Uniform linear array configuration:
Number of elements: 64
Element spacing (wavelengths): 0.75
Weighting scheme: blackman
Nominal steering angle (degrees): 15
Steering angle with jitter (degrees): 16.997
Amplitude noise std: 0.05
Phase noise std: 0.05

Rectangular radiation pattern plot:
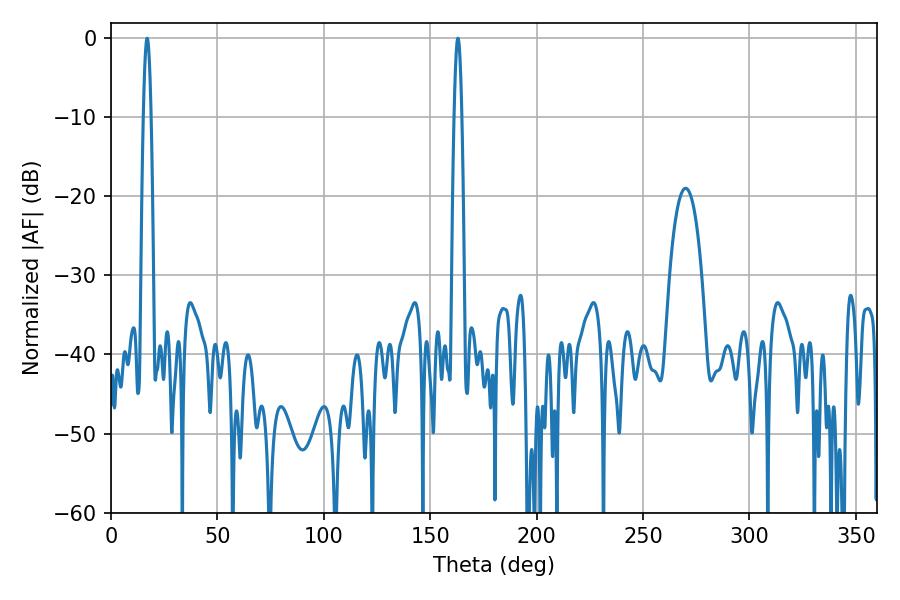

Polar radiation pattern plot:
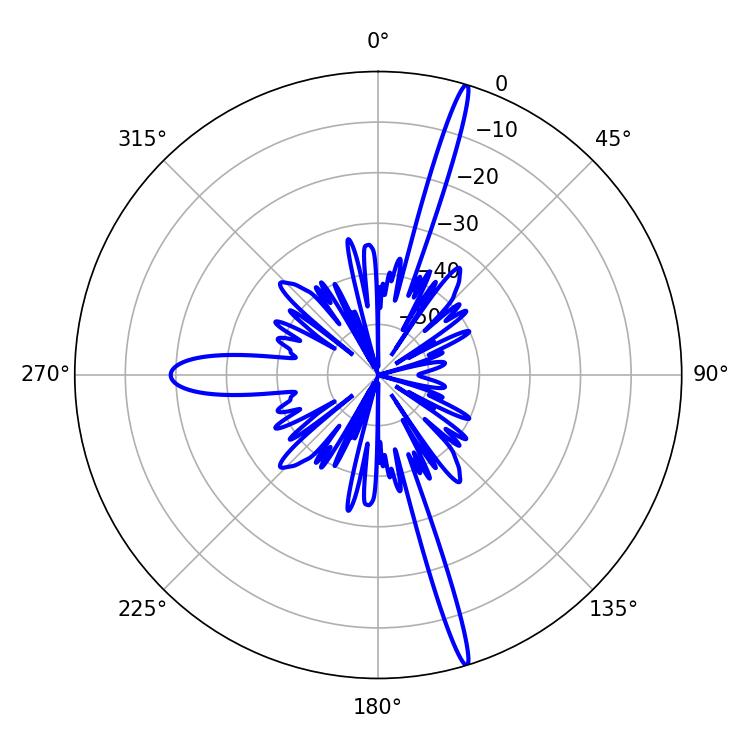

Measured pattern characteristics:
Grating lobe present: TRUE
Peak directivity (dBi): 19.903
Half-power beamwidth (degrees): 1.98
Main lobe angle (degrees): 16.92